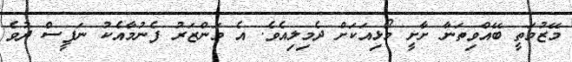
މޭޒުމަތީ ބޭއްވިތަނާ ށާށީ މޯޅިއަކަށް ދެމިލިއެވެ. އެ މަންޒަރު ފެނުމާއެކު ނަފީސް ދުވެ